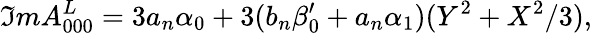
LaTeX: {\Im m}A_{000}^{L}=3a_{n}\alpha_{0}+3(b_{n}\beta_{0}^{\prime}+a_{n}\alpha_{1})(Y^{2}+X^{2}/3),